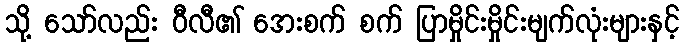
သို့ သော်လည်း ဝီလီ၏ အေးစက် စက် ပြာမှိုင်းမှိုင်းမျက်လုံးများနှင့်